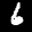
Label: 6